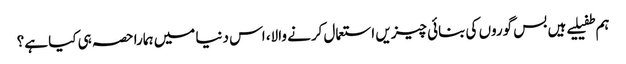
ہم طفیلیے ہیں بس گوروں کی بنائی چیزیں استعمال کرنے والا، اس دنیا میں ہمارا حصہ ہی کیا ہے؟